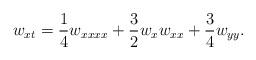
LaTeX: \begin{align*}w_{xt} = \frac{1}{4} w_{xxxx} + \frac{3}{2} w_x w_{xx} + \frac{3}{4}w_{yy}. \end{align*}